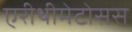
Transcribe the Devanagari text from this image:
एरीथीमेटोसस